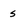
Character: s